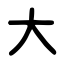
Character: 大